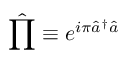
\hat { \prod } \equiv e ^ { i \pi \hat { a } ^ { \dagger } \hat { a } }